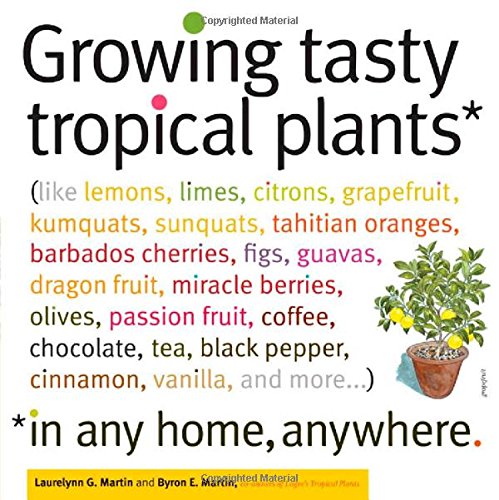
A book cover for Growing Tasty Tropical Plants in Any Home, Anywhere: (like lemons, limes, citrons, grapefruit, kumquats, sunquats, tahitian oranges, barbados ... black pepper, cinnamon, vanilla, and more...); Byron E. Martin; Crafts, Hobbies & Home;